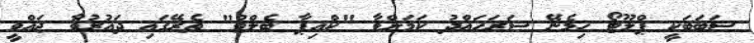
ސަބަބަކީ ޕްލޫޓޯ ހިމެނޭ ސަރަހައްދު ކަމަށްވާ "ކްއިޕާ ބެލްޓް" ތެރޭގައި ދައުރުވާ ޖައްވީ